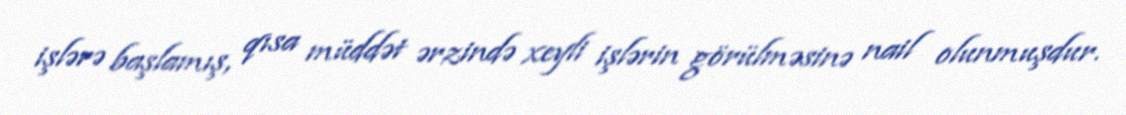
işlərə başlamış, qısa müddət ərzində xeyli işlərin görülməsinə nail olunmuşdur.